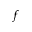
_ f